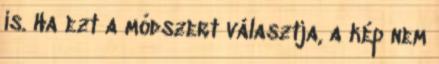
is. Ha ezt a módszert választja, a kép nem